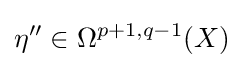
\eta ''\in \Omega ^{p+1,q-1}(X)